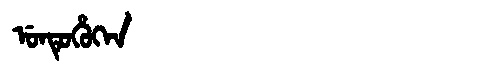
Manchu: ᡠᠨᡨᡠᡥᡠᡴᡝᠨ
Romanization: UNTUHUKEN